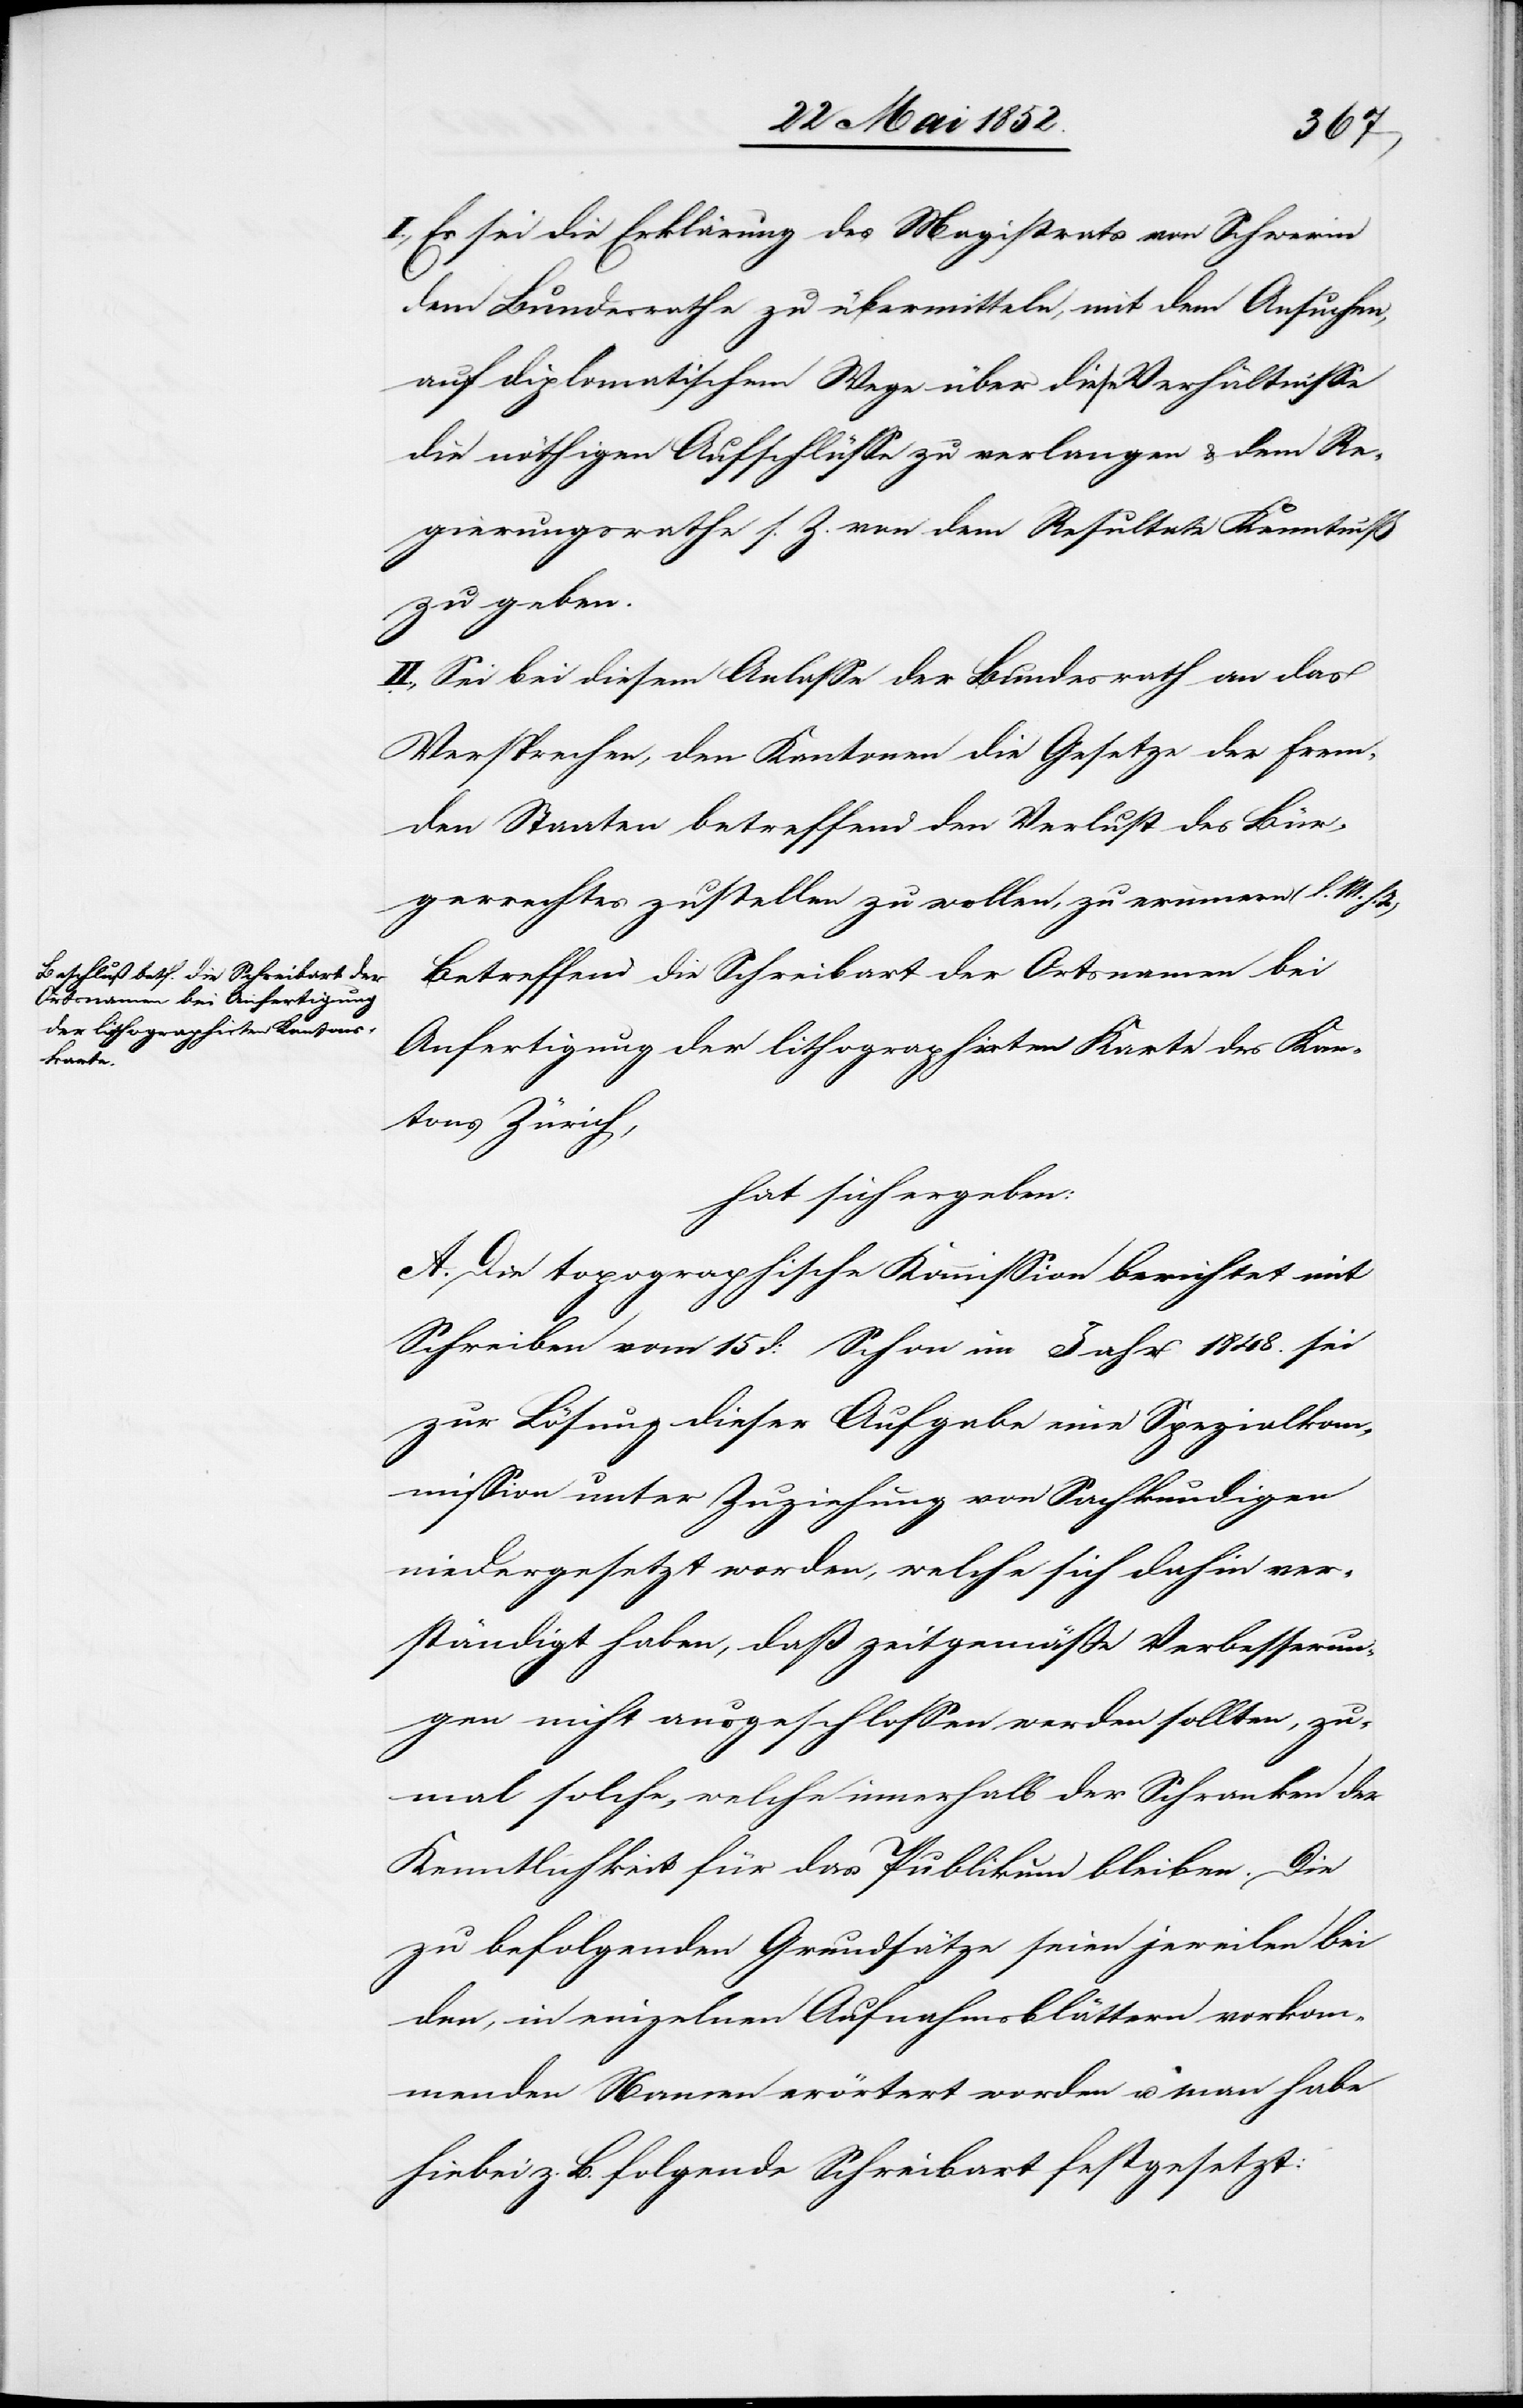
I., Es sei die Erklärung des Magistrats von Schwerin
dem Bundesrathe zu übermitteln, mit dem Ansuchen,
auf diplomatischem Wege über diese Verhältnisse
die nöthigen Aufschlüsse zu verlangen & dem Re¬
gierungsrathe s. Z. von dem Resultate Kenntniß
zu geben.
II., Sei bei diesem Anlasse der Bundesrath an das
Versprechen, den Kantonen die Gesetze der frem¬
den Staaten betreffend den Verlust des Bür¬
gerrechtes zustellen zu wollen, zu erinnern (l. M. h.
Betreffend die Schreibart der Ortsnamen bei
Anfertigung der lithographirten Karte des Kan¬
tons Zürich,
hat sich ergeben:
A. Die topographische Kommission berichtet mit
Schreiben vom 15 d: Schon im Jahr 1848. sei
zur Lösung dieser Aufgabe eine Spezialkom¬
mission unter Zuziehung von Sachkundigen
niedergesetzt worden, welche sich dahin ver¬
ständigt haben, daß zeitgemässe Verbesserun¬
gen nicht ausgeschlossen werden sollten, zu¬
mal solche, welche innerhalb der Schranken der
Kenntlichkeit für das Publikum bleiben. Die
zu befolgenden Grundsätze seien jeweilen bei
den, in einzelnen Aufnahmsblättern vorkom¬
menden Namen erörtert worden u. man habe
hiebei z. B. folgende Schreibart festgesetzt: